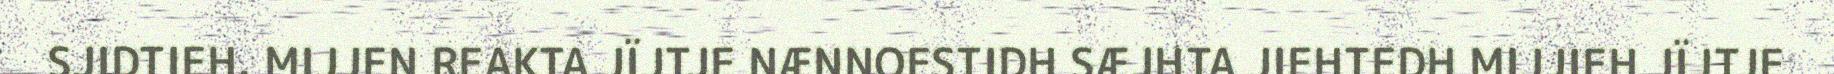
SJIDTIEH. MIJJEN REAKTA JÏJTJE NÆNNOESTIDH SÆJHTA JIEHTEDH MIJJIEH JÏJTJE